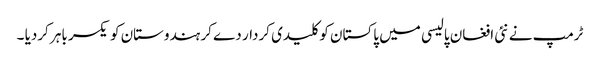
ٹرمپ نے نئی افغان پالیسی میں پاکستان کو کلیدی کردار دے کر ہندوستان کو یکسر باہر کردیا ۔